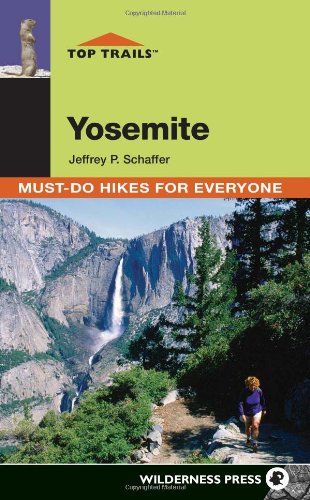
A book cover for Top Trails: Yosemite: Must-Do Hikes for Everyone (Top Trails: Must-Do Hikes); Jeffrey P. Schaffer; Health, Fitness & Dieting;